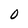
Character: O